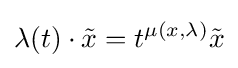
\lambda (t)\cdot {\tilde {x}}=t^{\mu (x,\lambda )}{\tilde {x}}